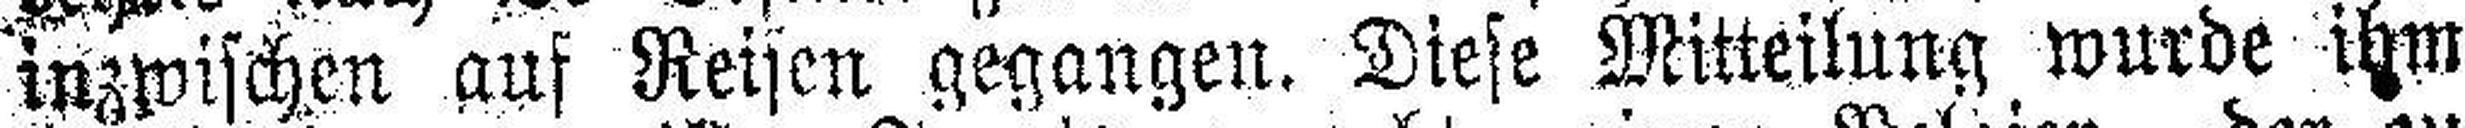
inzwischen auf Reisen gegangen. Diese Mitteilung wurde ihm